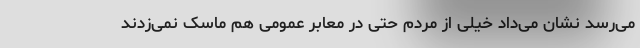
می‌رسد نشان می‌داد خیلی از مردم حتی در معابر عمومی هم ماسک نمی‌زدند